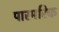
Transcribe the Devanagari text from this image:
पारमरिक